Annual administration report of the Civil Veterinary Department of India - 1896-1897
Year: 1896
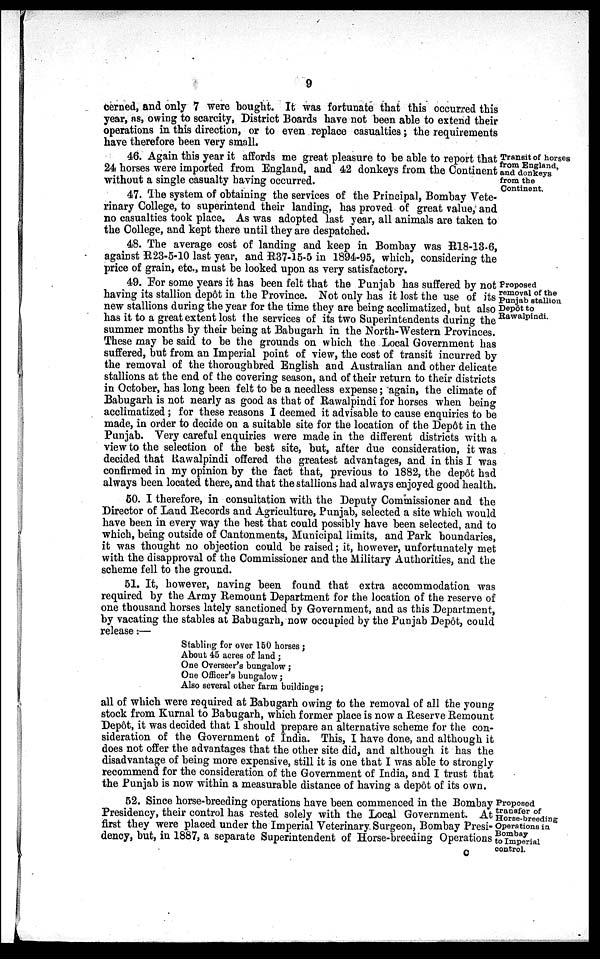
9
cerned, and only 7 were bought. It was fortunate that this occurred this
year, as, owing to scarcity, District Boards have not been able to extend their
operations in this direction, or to even replace casualties; the requirements
have therefore been very small.
Transit of horses
from England,
and donkeys
from the
Continent.
46. Again this year it affords me great pleasure to be able to report that
24 horses were imported from England, and 42 donkeys from the Continent
without a single casualty having occurred.
47. The system of obtaining the services of the Principal, Bombay Vete-
rinary College, to superintend their landing, has proved of great value, and
no casualties took place. As was adopted last year, all animals are taken to
the College, and kept there until they are despatched.
48. The average cost of landing and keep in Bombay was R18-13-6,
against R23-5-10 last year, and R37-15-5 in 1894-95, which, considering the
price of grain, etc., must be looked upon as very satisfactory.
Proposed
removal of the
Punjab stallion
Depôt to
Rawalpindi.
49. For some years it has been felt that the Punjab has suffered by not
having its stallion depôt in the Province. Not only has it lost the use of its
new stallions during the year for the time they are being acclimatized, but also
has it to a great extent lost the services of its two Superintendents during the
summer months by their being at Babugarh in the North-Western Provinces.
These may be said to be the grounds on which the Local Government has
suffered, but from an Imperial point of view, the cost of transit incurred by
the removal of the thoroughbred English and Australian and other delicate
stallions at the end of the covering season, and of their return to their districts
in October, has long been felt to be a needless expense; again, the climate of
Babugarh is not nearly as good as that of Rawalpindi for horses when being
acclimatized; for these reasons I deemed it advisable to cause enquiries to be
made, in order to decide on a suitable site for the location of the Depôt in the
Punjab. Very careful enquiries were made in the different districts with a
view to the selection of the best site, but, after due consideration, it was
decided that Rawalpindi offered the greatest advantages, and in this I was
confirmed in my opinion by the fact that, previous to 1882, the depôt had
always been located there, and that the stallions had always enjoyed good health.
50. I therefore, in consultation with the Deputy Commissioner and the
Director of Land Records and Agriculture, Punjab, selected a site which would
have been in every way the best that could possibly have been selected, and to
which, being outside of Cantonments, Municipal limits, and Park boundaries,
it was thought no objection could be raised; it, however, unfortunately met
with the disapproval of the Commissioner and the Military Authorities, and the
scheme fell to the ground.
51. It, however, having been found that extra accommodation was
required by the Army Remount Department for the location of the reserve of
one thousand horses lately sanctioned by Government, and as this Department,
by vacating the stables at Babugarh, now occupied by the Punjab Depôt, could
release:—
Stabling for over 150 horses;
About 45 acres of land;
One Overseer's bungalow;
One Officer's bungalow;
Also several other farm buildings;
all of which were required at Babugarh owing to the removal of all the young
stock from Kurnal to Babugarh, which former place is now a Reserve Remount
Depôt, it was decided that 1 should prepare an alternative scheme for the con-
sideration of the Government of India. This, I have done, and although it
does not offer the advantages that the other site did, and although it has the
disadvantage of being more expensive, still it is one that I was able to strongly
recommend for the consideration of the Government of India, and I trust that
the Punjab is now within a measurable distance of having a depôt of its own.
Proposed
transfer of
Horse-breeding
Operations in,
Bombay
to Imperial
control.
52. Since horse-breeding operations have been commenced in the Bombay
Presidency, their control has rested solely with the Local Government. At
first they were placed under the Imperial Veterinary Surgeon, Bombay Presi-
dency, but, in 1887, a separate Superintendent of Horse-breeding Operations
c